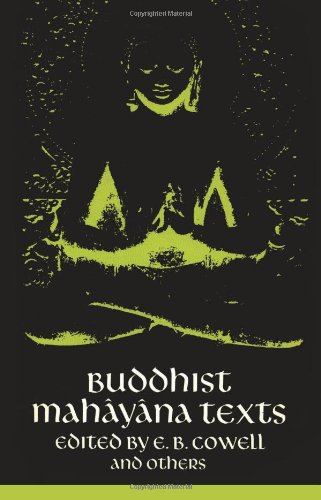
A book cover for Buddhist Mahayana Texts (Sacred Books of the East); Religion & Spirituality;